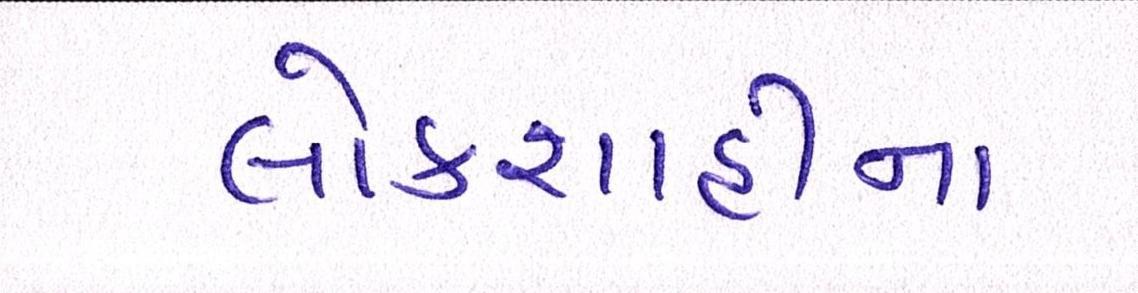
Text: લોકશાહીના